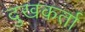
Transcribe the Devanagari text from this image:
दुखकर्ता